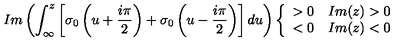
I m \left( \int _ { \infty } ^ { z } \left[ \sigma _ { 0 } \left( u + \frac { i \pi } { 2 } \right) + \sigma _ { 0 } \left( u - \frac { i \pi } { 2 } \right) \right] d u \right) \left\{ \begin{array} { r l } { > 0 } & { I m ( z ) > 0 } \\ { < 0 } & { I m ( z ) < 0 } \\ \end{array} \right.